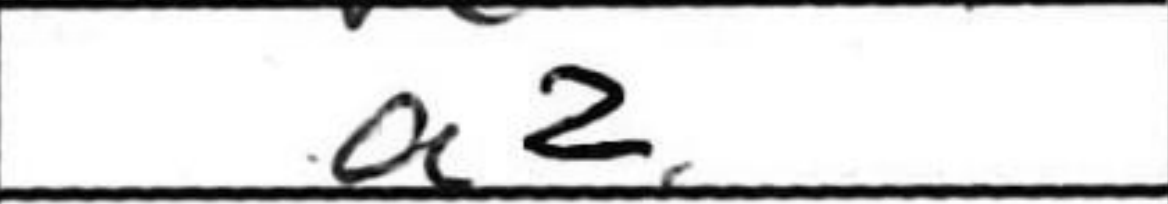
Transcription: a2